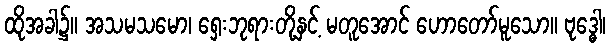
ထိုအခါ၌။ အသမသမော၊ ရှေးဘုရားတို့နှင့် မတူအောင် ဟောတော်မူသော။ ဗုဒ္ဓေါ၊